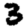
Digit: 3